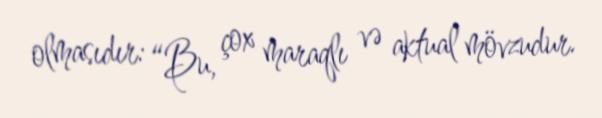
olmasıdır: “Bu, çox maraqlı və aktual mövzudur.